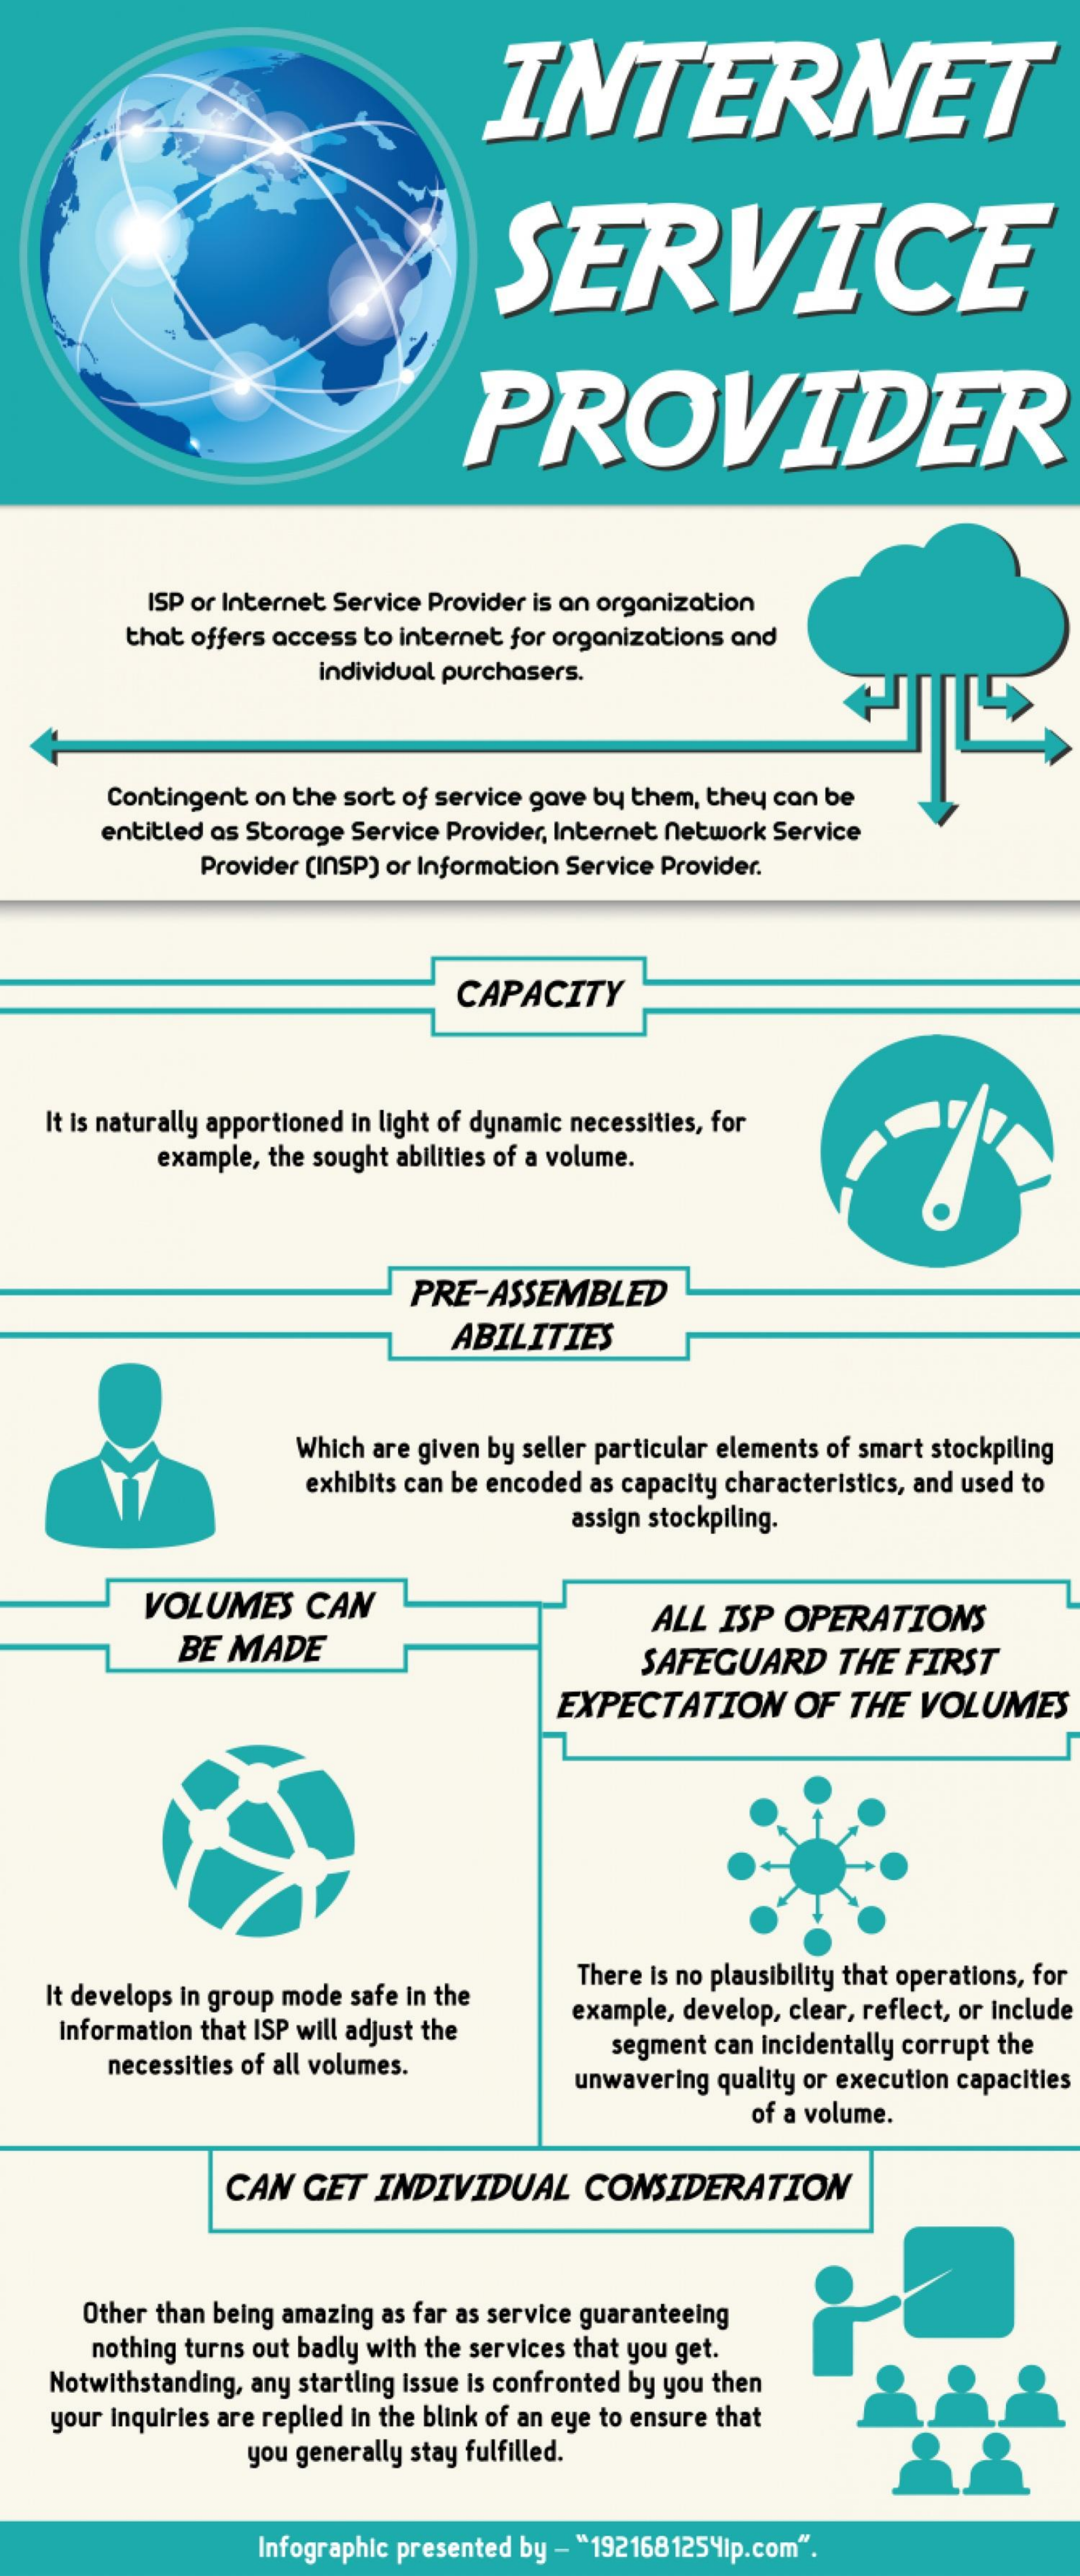
INTERNET
     SERVICE
     PROVIDER
     ISP or Internet Service Provider is an organization
     that offers access to internet for organizations and
     individual purchasers.
     Contingent on the sort of service gave by them, they can be
     entitled as Storage Service Provider, Internet network Service
     Provider (INSP) or Information Service Provider.
     CAPACITY
    It is naturally apportioned in light of dynamic necessities, for
     example, the sought abilities of a volume.
     PRE-ASSEMBLED
     ABILITIES
     Which are given by seller particular elements of smart stockpiling
     exhibits can be encoded as capacity characteristics, and used to
     assign stockpiling.
     VOLUMES    CAN
     BE MADE
     ALL  ISP OPERATIONS
     SAFEGUARD    THE  FIRST
     EXPECTATION    OF  THE   VOLUMES
    It develops in group mode safe in the
     There is no plausibility that operations, for
     Information that ISP will adjust the
     example, develop, clear, reflect, or include
     necessities of all volumes.
     segment can incidentally corrupt the
     unwavering quality or execution capacities
     of a volume.
     CAN   GET  INDIVIDUAL    CONSIDERATION
     Other than being amazing as far as service guaranteeing
     nothing turns out badly with the services that you get.
    Notwithstanding, any startling issue is confronted by you then
    your inquiries are replied in the blink of an eye to ensure that
     you generally stay fulfilled.
     Infographic presented by - "1921681254ip.com".